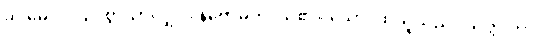
ခိပ္ပမေဝ၊ လျင်စွာသာလျှင်။ နိဗောဓတိ၊ သိ၏။ သော၊ ထိုသူသည်။ သတ္တုကာ၊